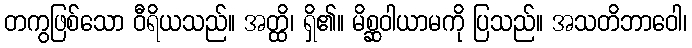
တကွဖြစ်သော ဝီရိယသည်။ အတ္ထိ၊ ရှိ၏။ မိစ္ဆဝါယာမကို ပြသည်။ အသတိဘာဝေါ၊